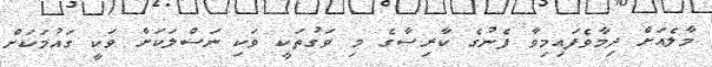
މާލެއަށް ދިމާވެފައިމިވާ ފެނުގެ ކާރިސާގެ މި ވަގުތަކީ ވަކި ނަސްލަކަށް ވަކީ ގައުމަކަށް